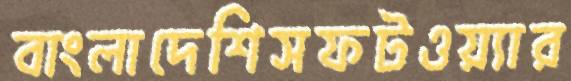
বাংলাদেশিসফটওয়্যার